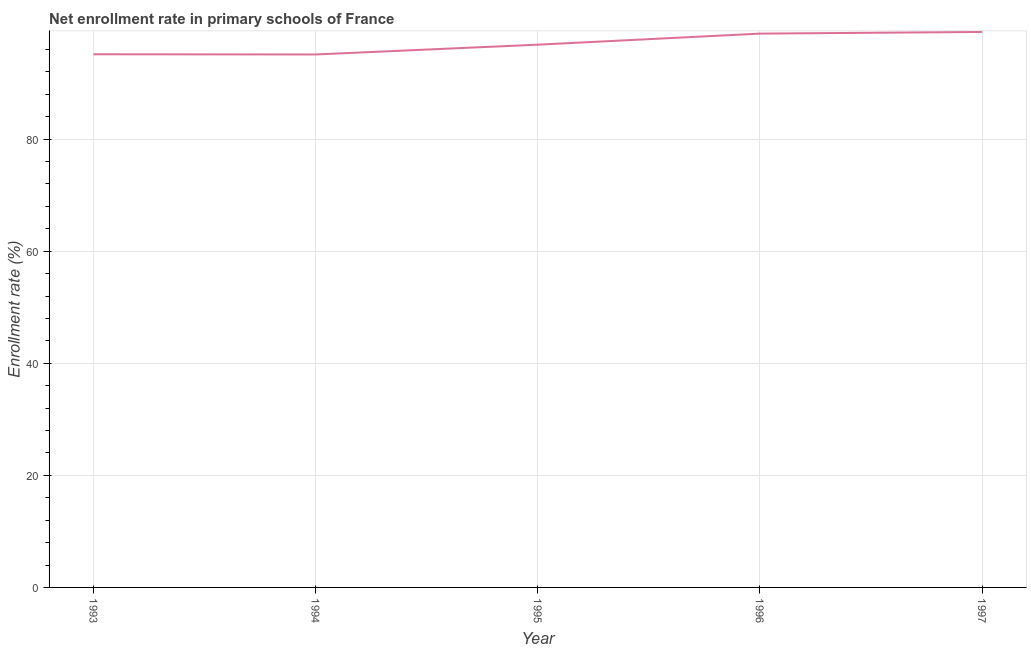
| Year | Adjusted net enrolment rate |
 | --- | --- |
 | 1993 | 95.1 |
 | 1994 | 95.1 |
 | 1995 | 96.9 |
 | 1996 | 98.8 |
 | 1997 | 99.1 |